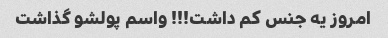
امروز یه جنس کم داشت!!! واسم پولشو گذاشت